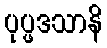
ပုပ္ဖဒသာနိ